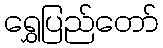
ရွှေပြည်တော်